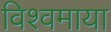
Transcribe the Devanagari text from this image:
विश्वमाया